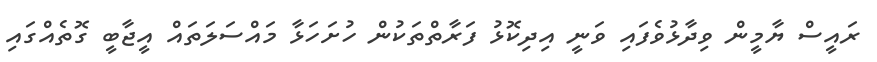
ރައީސް ޔާމީން ވިދާޅުވެފައި ވަނީ އިދިކޮޅު ފަރާތްތަކުން ހުށަހަޅާ މައްސަލަތައް އީޖާބީ ގޮތެއްގައި